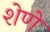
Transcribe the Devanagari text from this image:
शेणे